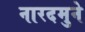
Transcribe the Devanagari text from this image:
नारदमुने